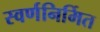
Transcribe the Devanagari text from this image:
स्वर्णनिर्मित